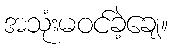
အသုံးမဝင်ခဲ့ချေ။